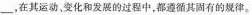
___.在其运动、变化和发展的过程中，都遵循其固有的规律。